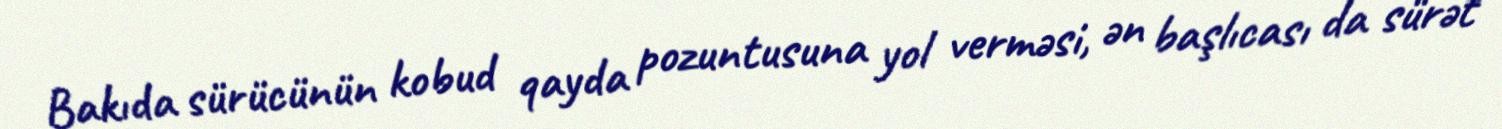
Bakıda sürücünün kobud qayda pozuntusuna yol verməsi, ən başlıcası da sürət